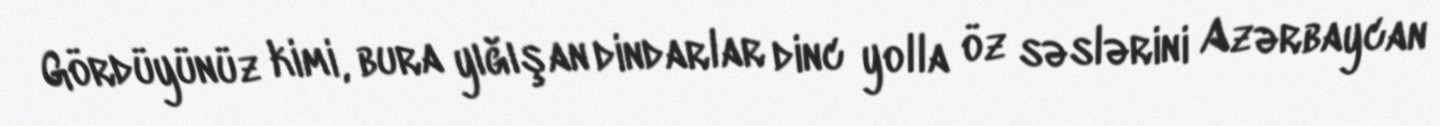
Gördüyünüz kimi, bura yığışan dindarlar dinc yolla öz səslərini Azərbaycan